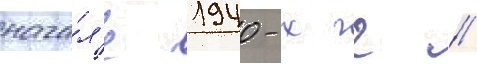
нача́л'е 1940-х гг //